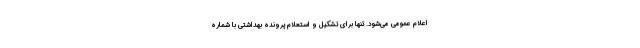
اعلام عمومی می‌شود. تنها برای تشکیل و استعلام پرونده بهداشتی با شماره